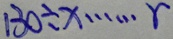
1 3 0 \div x \cdots r